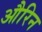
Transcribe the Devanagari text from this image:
औरिन